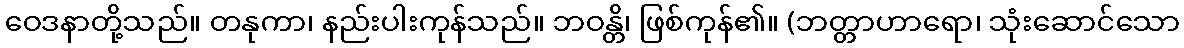
ဝေဒနာတို့သည်။ တနုကာ၊ နည်းပါးကုန်သည်။ ဘဝန္တိ၊ ဖြစ်ကုန်၏။ (ဘတ္တာဟာရော၊ သုံးဆောင်သော